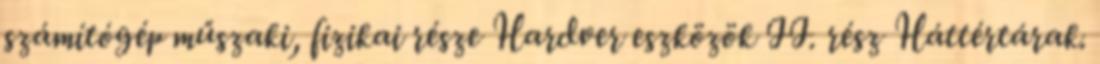
számítógép műszaki, fizikai része Hardver eszközök II. rész Háttértárak.